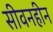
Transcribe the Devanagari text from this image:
सीवनहीन